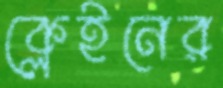
ক্লেইনের